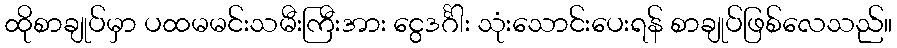
ထိုစာချုပ်မှာ ပထမမင်းသမီးကြီးအား ငွေဒင်္ဂါး သုံးသောင်းပေးရန် စာချုပ်ဖြစ်လေသည်။